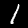
Digit: 1